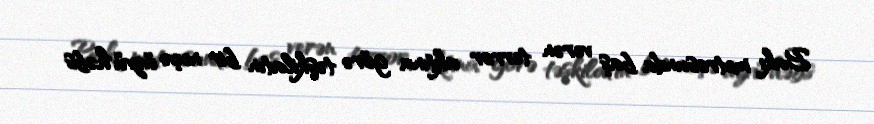
Bakı metrosunda baş verən terror aktına görə təşkilatın bir neçə üzvü həbs